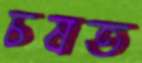
চষত